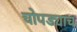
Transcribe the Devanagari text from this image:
चोपड्याच